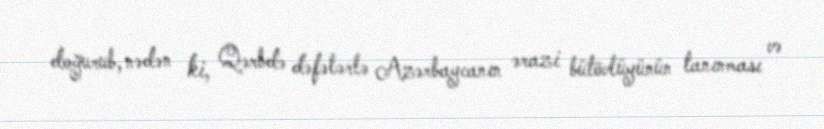
doğurub, nədən ki, Qərbdə dəfələrlə Azərbaycanın ərazi bütövlüyünün tanınması və